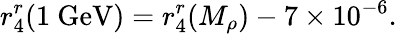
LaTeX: r_{4}^{r}(1\mathrm{~GeV})=r_{4}^{r}(M_{\rho})-7\times 10^{-6}.